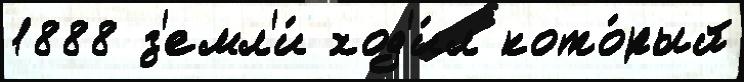
1888 з'емл'и́ ход'и́л кото́рый